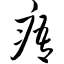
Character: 痦